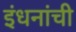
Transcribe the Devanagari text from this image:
इंधनांची